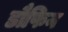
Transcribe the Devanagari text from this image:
डौफिन